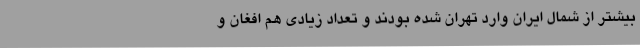
بیشتر از شمال ایران وارد تهران شده بودند و تعداد زیادی هم افغان و